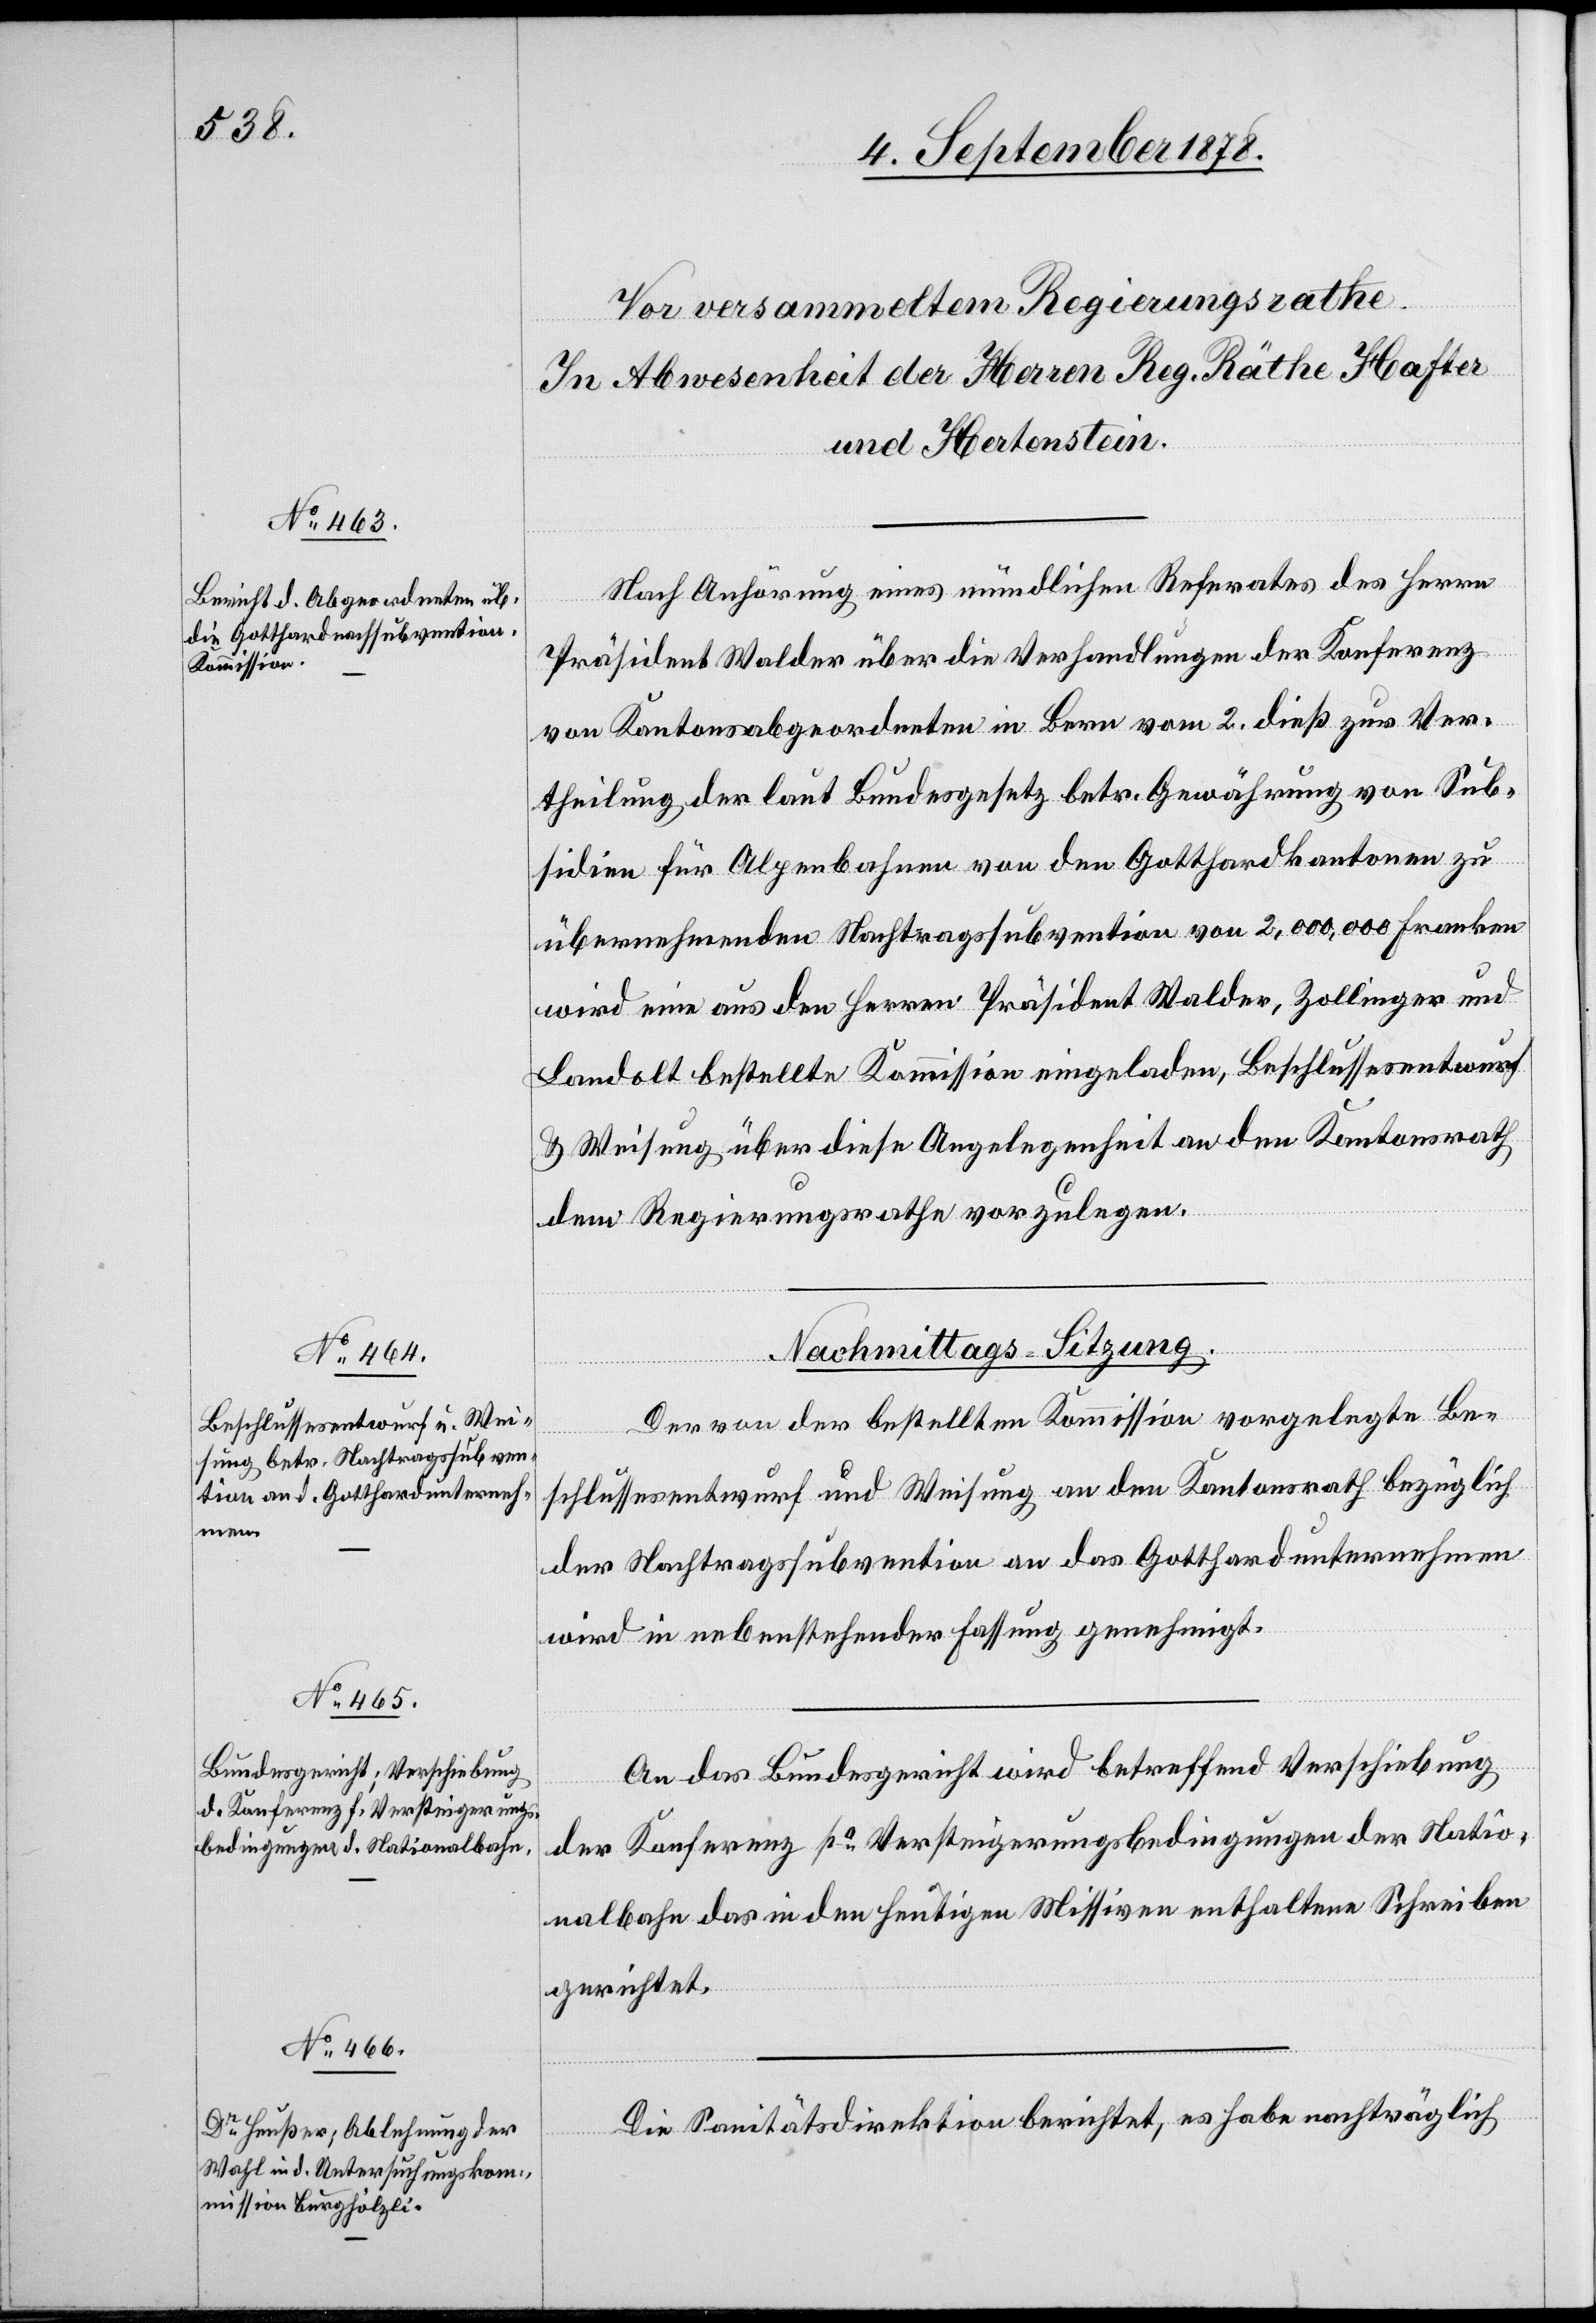
Nach Anhörung eines mündlichen Referates des Herrn
Präsident Walder über die Verhandlungen der Konferenz
von Kantonsabgeordneten in Bern vom 2. dieß zur Ver¬
theilung der laut Bundesgesetz betr. Gewährung von Sub¬
sidien für Alpenbahnen von den Gotthardkantonen zu
übernehmenden Nachtragssubvention von 2,000,000 Franken
wird eine aus den Herren Präsident Walder, Zollinger und
Landolt bestellte Kommission eingeladen, Beschlussesentwurf
& Weisung über diese Angelegenheit an den Kantonsrath
dem Regierungsrathe vorzulegen.
Nachmittags-Sitzung.
Der von der bestellten Kommission vorgelegte Be¬
schlussesentwurf und Weisung an den Kantonsrath bezüglich
der Nachtragssubvention an das Gotthardunternehmen
wird in nebenstehender Fassung genehmigt.
An das Bundesgericht wird betreffend Verschiebung
der Konferenz po Versteigerungsbedingungen der Natio¬
nalbahn das in den heutigen Missiven enthaltene Schreiben
gerichtet.
Die Sanitätsdirektion berichtet, es habe nachträglich